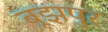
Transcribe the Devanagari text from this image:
बूझपुर